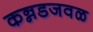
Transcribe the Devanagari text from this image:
कन्नडजवळ